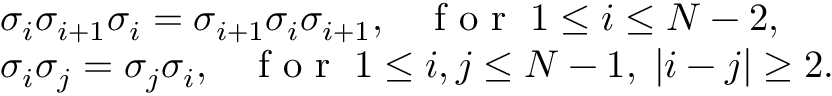
\begin{array} { l } { \sigma _ { i } \sigma _ { i + 1 } \sigma _ { i } = \sigma _ { i + 1 } \sigma _ { i } \sigma _ { i + 1 } , \; \; \; \textrm { f o r } \; 1 \leq i \leq N - 2 , } \\ { \sigma _ { i } \sigma _ { j } = \sigma _ { j } \sigma _ { i } , \; \; \; \textrm { f o r } \; 1 \leq i , j \leq N - 1 , \; | i - j | \geq 2 . } \end{array}